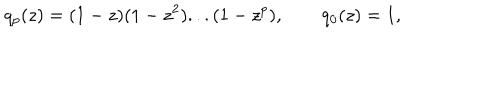
q _ { p } ( z ) = ( 1 - z ) ( 1 - z ^ { 2 } ) . . . ( 1 - z ^ { p } ) , \qquad q _ { 0 } ( z ) = 1 ,